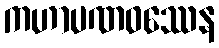
ကဟာပဏဝဿေန